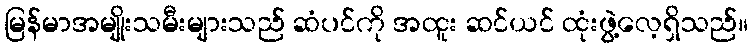
မြန်မာအမျိုးသမီးများသည် ဆံပင်ကို အထူး ဆင်ယင် ထုံးဖွဲ့လေ့ရှိသည်။